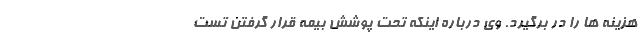
هزینه ها را در برگیرد. وی درباره اینکه تحت پوشش بیمه قرار گرفتن تست